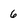
Character: 6